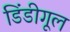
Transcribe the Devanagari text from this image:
डिंडीगूल